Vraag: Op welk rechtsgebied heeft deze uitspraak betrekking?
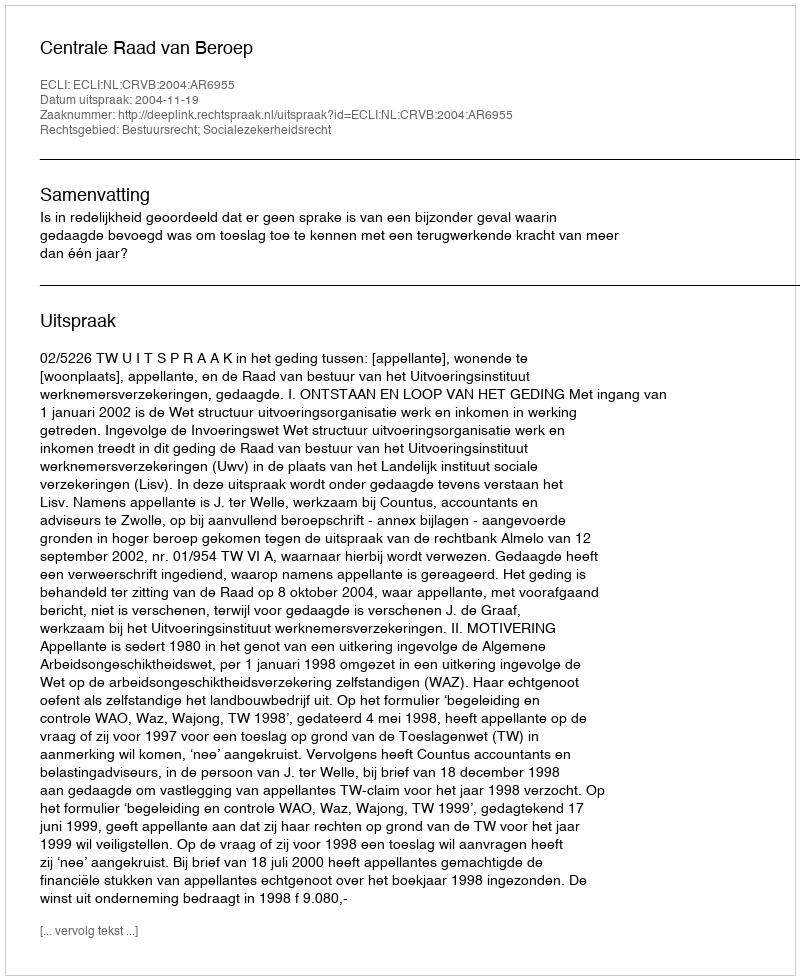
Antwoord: Bestuursrecht; Socialezekerheidsrecht